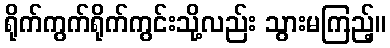
ရိုက်ကွက်ရိုက်ကွင်းသို့လည်း သွားမကြည့်။